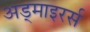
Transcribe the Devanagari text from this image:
अड्माइरर्स